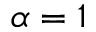
\alpha = 1